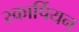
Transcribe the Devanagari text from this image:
स्कार्पियन